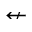
\nleftarrow